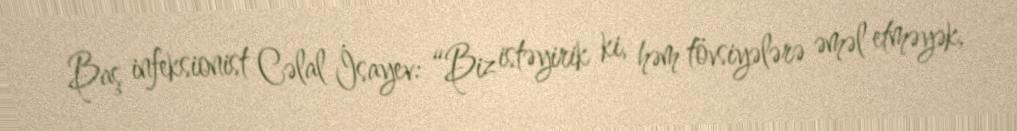
Baş infeksionist Cəlal İsayev: “Biz istəyirik ki, həm tövsiyələrə əməl etməyək,